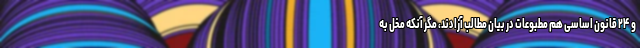
و ۲۴ قانون اساسی هم مطبوعات در بیان مطالب آزادند، مگر آنکه مخل به